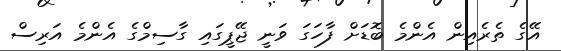
އޭގެ ތެރެއިން އެންމެ ބޮޑަށް ފާހަގަ ވަނީ ޖޭޕީގައި ގާސިމްގެ އެންމެ އަރިސް